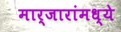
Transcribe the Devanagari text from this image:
मार्जारांमध्ये